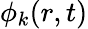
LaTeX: \phi_{k}(r,t)